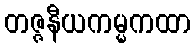
တဇ္ဇနီယကမ္မကထာ